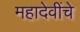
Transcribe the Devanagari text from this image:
महादेवींचे